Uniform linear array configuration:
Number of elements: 24
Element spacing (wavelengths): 0.25
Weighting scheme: cosine
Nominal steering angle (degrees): -45
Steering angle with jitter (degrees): -43.661
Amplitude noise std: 0.05
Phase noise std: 0.05

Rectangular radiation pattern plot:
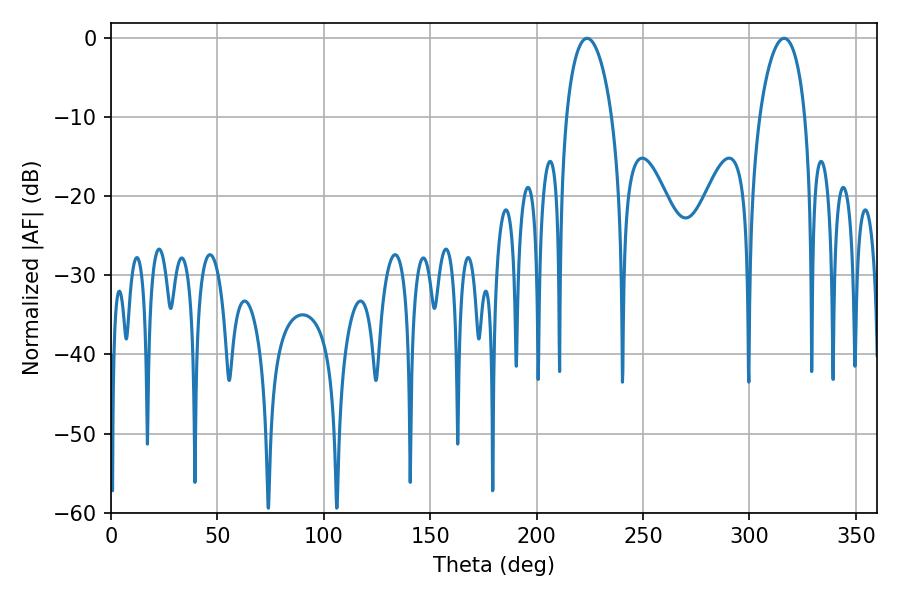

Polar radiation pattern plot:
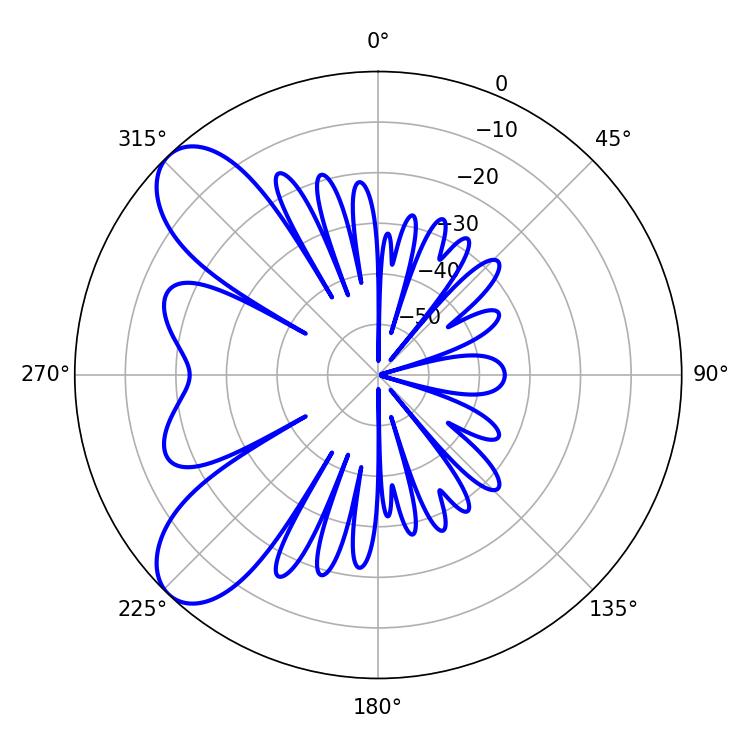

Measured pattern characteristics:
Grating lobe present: FALSE
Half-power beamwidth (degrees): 12.06
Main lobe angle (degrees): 223.74